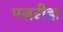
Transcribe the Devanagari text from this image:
मज़रीहा